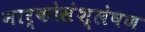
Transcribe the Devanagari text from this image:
नार्कोसंश्लेषण